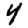
Digit: 4